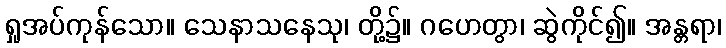
ရှုအပ်ကုန်သော။ သေနာသနေသု၊ တို့၌။ ဂဟေတွာ၊ ဆွဲကိုင်၍။ အန္တရာ၊